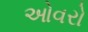
ઓવરો